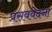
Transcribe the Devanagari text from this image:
प्रसववेदना